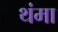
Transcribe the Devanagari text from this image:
थंमा